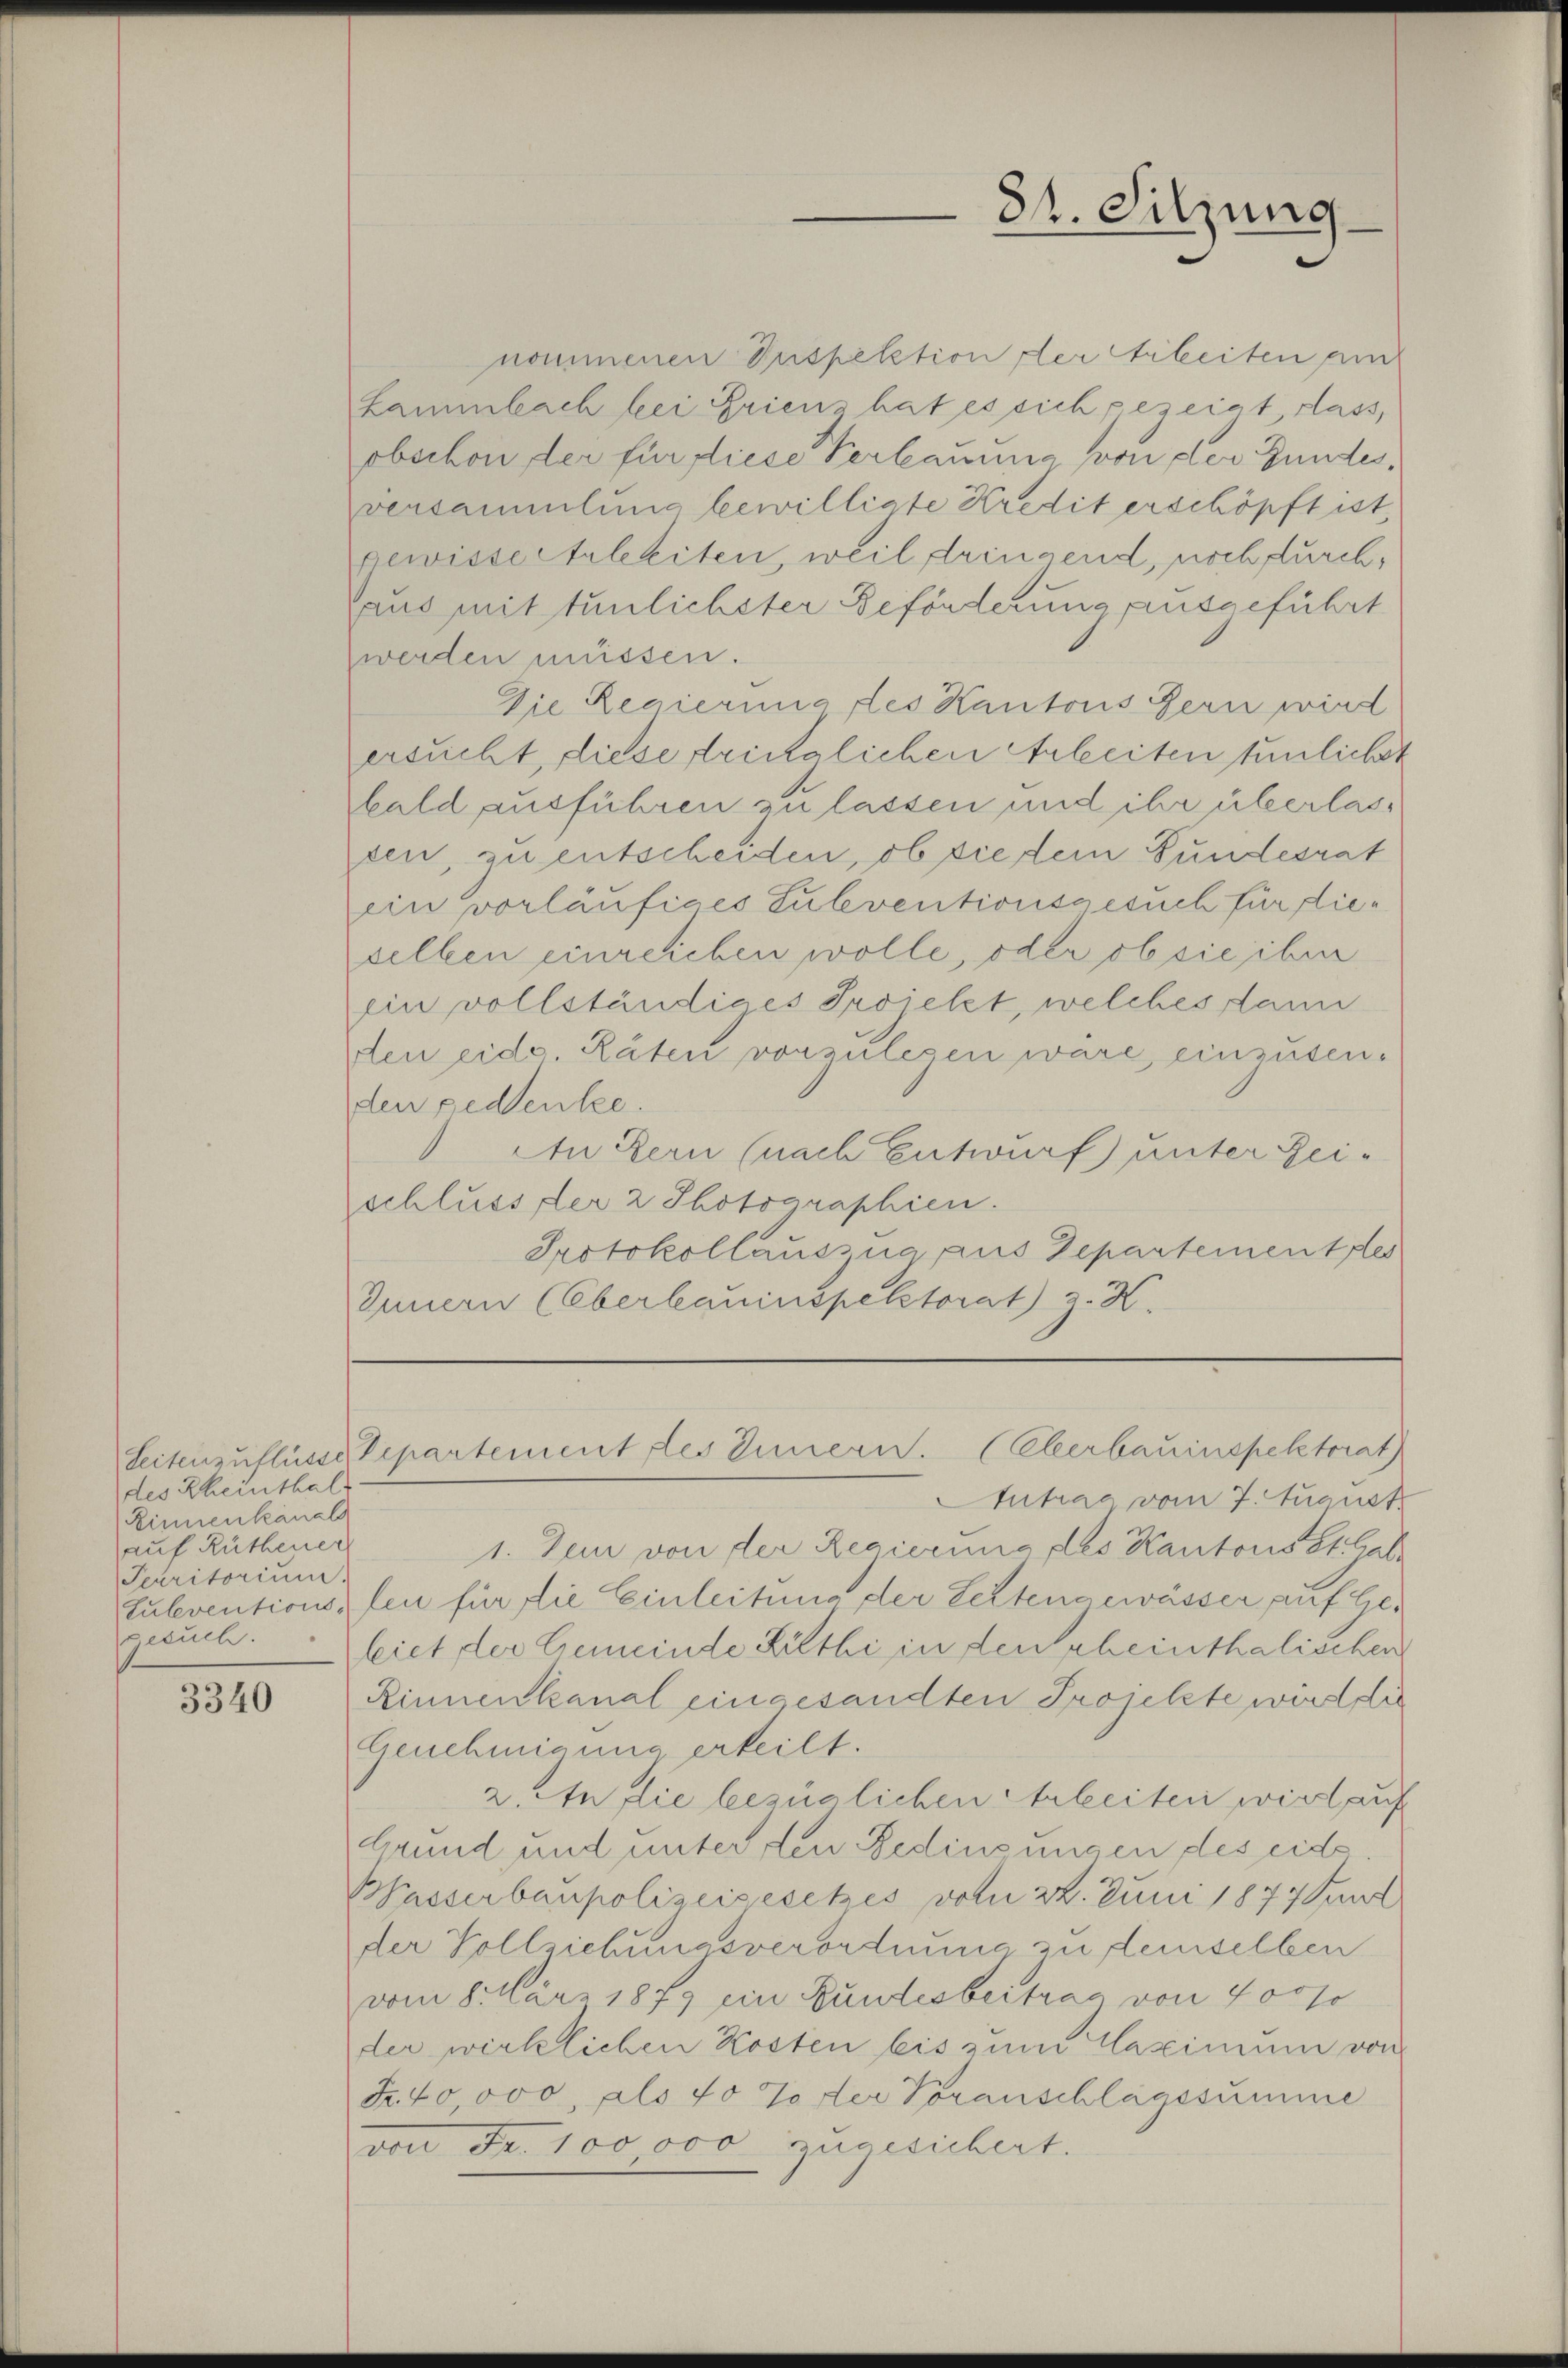
des Rheinthalt
Zinnenkanals
auf Rüthener
Serritorium.
Subventions-
gesuch.

3340

nommenen Inspektion der Arbeiten am
Lammbach bei Frienz hat es sich per eigt, dass,
obschon der für fliese Verbauung von der Gundes,
versammlung bewilligte Kredit erschöpft ist,
gewisse Anleiten, weil dringend, noch durch,
Haus mit tunlichster Beförderung ausgeführt
werden müssen.
Die Regierung des Kantons Gern wird
ersucht, diese drücklichen Arbeiten tunlichst
bald ausführen zu lassen und ihr überlassen, zu entscheiden, ob die dem Bundesrat
ein vorläufiges Subventionsgesuch für dieselben einreichen wolle, oder ob sie ihn
Ein vollständiges Projekt, welches dann
den eidg. Räten vorzulesen wäre, einzusenden gedenke.
An Kern (nach Entwurf) unter Zeischluss der 2 Photographien.
Protokollauszug aus Departement les
Innern (Oberbauinspektorat) z. K.

Autrag vom 7. August
1. Juni von der Regierung des Kantons St. Gal
len für die Einleitung der Lettengewässer auf Ger
leiet der Gemeinde Hilthi in den scheinthalischen
Rinnenkanal eingesandten Projekte wird die
Genehmigung erteilt.
2. In die bezüglichen Arbeiten wirst auf
Grund und unter den Bedingungen des eide
Wasserbaupolizeisesetzes vom 22. Juni 1877 un
der Vollziehungsverordnung zu demselben
vom 8. März 1879 ein Bundesbeitrag von 400f
der wirklichen Kosten bis zum Maximum von
Fr. 40,000, als 40 Torter Voranschlagssumme
von Fr. 100,000 zugesichert.

84. Sitzung

Seitenzuflüsse de partement des Innern. (Eerbauinspektorat